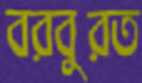
বরবুরত